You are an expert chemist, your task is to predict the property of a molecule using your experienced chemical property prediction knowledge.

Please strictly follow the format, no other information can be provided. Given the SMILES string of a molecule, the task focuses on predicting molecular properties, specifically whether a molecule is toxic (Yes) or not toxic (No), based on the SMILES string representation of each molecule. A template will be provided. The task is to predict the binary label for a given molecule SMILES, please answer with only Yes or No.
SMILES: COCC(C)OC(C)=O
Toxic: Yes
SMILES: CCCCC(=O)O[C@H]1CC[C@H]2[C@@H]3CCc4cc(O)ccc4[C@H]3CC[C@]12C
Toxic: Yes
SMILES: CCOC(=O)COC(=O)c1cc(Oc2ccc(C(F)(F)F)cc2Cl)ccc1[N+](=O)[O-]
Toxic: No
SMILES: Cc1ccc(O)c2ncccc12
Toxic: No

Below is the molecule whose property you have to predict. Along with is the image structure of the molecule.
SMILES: Cc1c(COC(=O)C2C(/C=C(\Cl)C(F)(F)F)C2(C)C)cccc1-c1ccccc1
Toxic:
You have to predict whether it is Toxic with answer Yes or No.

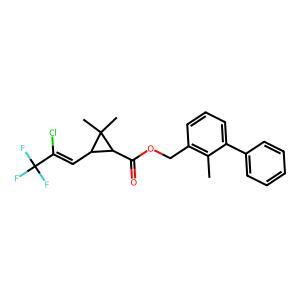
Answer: No